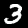
Digit: 3